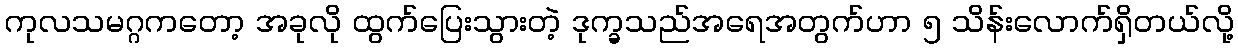
ကုလသမဂ္ဂကတော့ အခုလို ထွက်ပြေးသွားတဲ့ ဒုက္ခသည်အရေအတွက်ဟာ ၅ သိန်းလောက်ရှိတယ်လို့